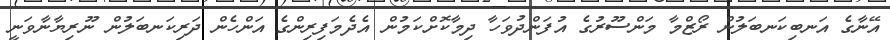
އޭނާގެ އަނބިކަނބަލުން ރޯޒްމާ މަންސޫރުގެ އުފަންދުވަހާ ދިމާކޮށްކަމުން އެދެމަފިރިންގެ އަންހެން ދަރިކަނބަލުން ނޫރިޔާނާވަނީ